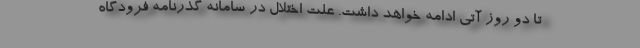
تا دو روز آتی ادامه خواهد داشت. علت اختلال در سامانه گذرنامه فرودگاه